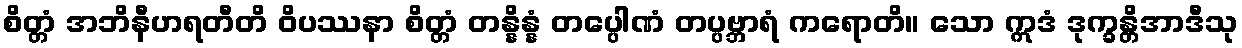
စိတ္တံ အဘိနီဟရတီတိ ဝိပဿနာ စိတ္တံ တန္နိန္နံ တပ္ပေါဏံ တပ္ပဗ္ဘာရံ ကရောတိ။ သော ဣဒံ ဒုက္ခန္တိအာဒီသု